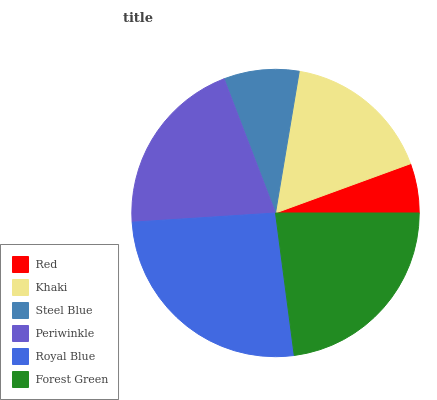
| Red | Khaki | Steel Blue | Periwinkle | Royal Blue | Forest Green |
 | --- | --- | --- | --- | --- | --- |
 | 5.57% | 16.7% | 8.47% | 20.2% | 26.1% | 22.9% |